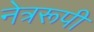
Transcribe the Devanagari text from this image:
नेत्ररूपी